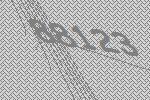
88123